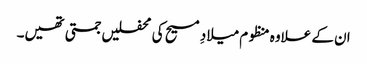
ان کے علاوہ منظوم میلادِ مسیح کی محفلیں جمتی تھیں۔